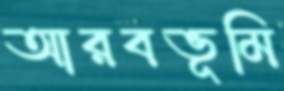
আরবভূমি